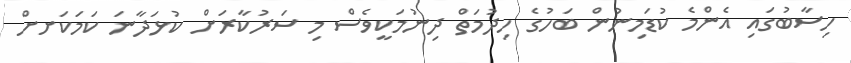
ހިސާބުގައި އެންމެ ކުޑަމިނުންް ބަހުގެ ހިދުމަތް ދިނުމަކީވެސް މި ސަރުކާރަށް ކުޅަދާނަ ކަމަކަށށް